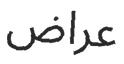
عراض